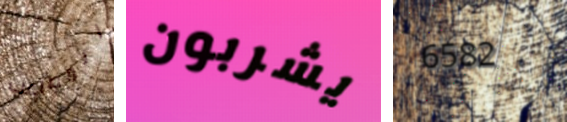
المصاعب يشربون 6582